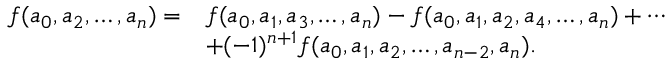
\begin{array} { r l } { f ( a _ { 0 } , a _ { 2 } , \dots , a _ { n } ) = } & { f ( a _ { 0 } , a _ { 1 } , a _ { 3 } , \dots , a _ { n } ) - f ( a _ { 0 } , a _ { 1 } , a _ { 2 } , a _ { 4 } , \dots , a _ { n } ) + \cdots } \\ & { + ( - 1 ) ^ { n + 1 } f ( a _ { 0 } , a _ { 1 } , a _ { 2 } , \dots , a _ { n - 2 } , a _ { n } ) . } \end{array}